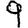
Digit: 9